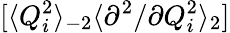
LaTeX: [\langle Q_{i}^{2}\rangle_{-2}\langle{\partial^{2}}/{\partial Q_{i}^{2}}\rangle_{2}]